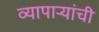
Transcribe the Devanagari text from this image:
व्यापाऱ्यांची